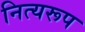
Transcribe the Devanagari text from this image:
नित्यरूप